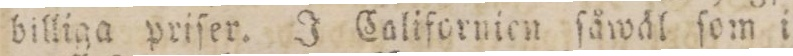
billiga priſer. J Californien ſåwäl ſom i